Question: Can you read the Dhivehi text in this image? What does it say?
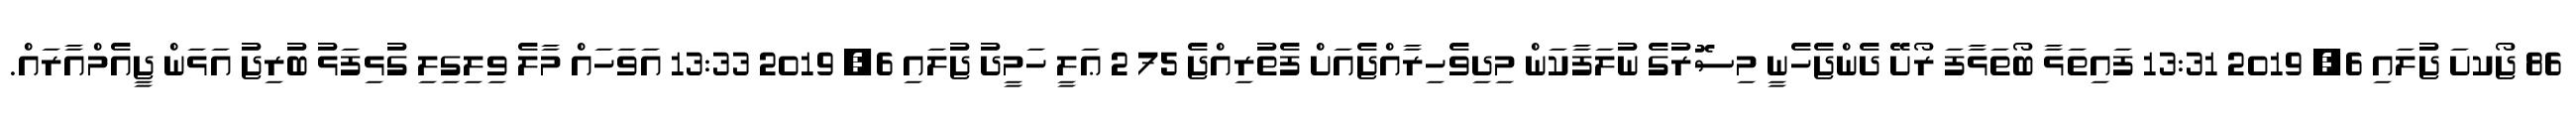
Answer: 86 ޖޯކށަ ޖުލައި 6, 2019 13:31 ފައިތަޅާ ބޯތަޅާފަ ރޯށޭ ދެންޖެހެނީ މިސޮރުގެ ނުލަފާކަން މިދިވެހިރާއްޖެއަށް ފެތުރިއްޖެ 75 2 ޢަލީ ހަމީދު ޖުލައި 6, 2019 13:33 އަވަހައް މާލެ ވިލިގިލި ގުޅިފަޅު ބުރިޖު އަޅަން ޖީއެމްއާރައް.